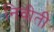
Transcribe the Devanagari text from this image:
निवीती